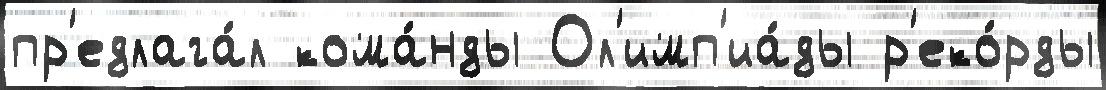
пр'едлага́л кома́нды Ол'имп'иа́ды р'еко́рды